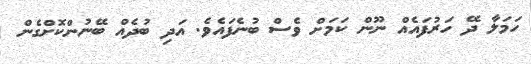
ހަމަލާ ދޭ ހަރުފައެއް ނޫން ކަމަށް ވެސް ބުނެފައެވެ. އަދި ބުދެއް ބޭނުންކޮށްގެން